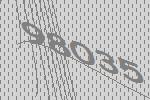
98035